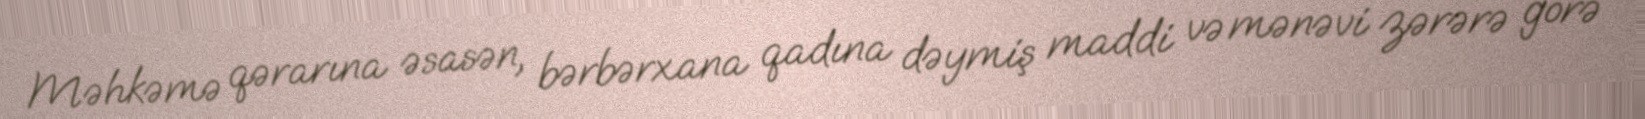
Məhkəmə qərarına əsasən, bərbərxana qadına dəymiş maddi və mənəvi zərərə görə